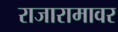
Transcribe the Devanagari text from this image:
राजारामावर